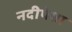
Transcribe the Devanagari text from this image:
नदीपेक्षा